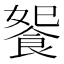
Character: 𩛗